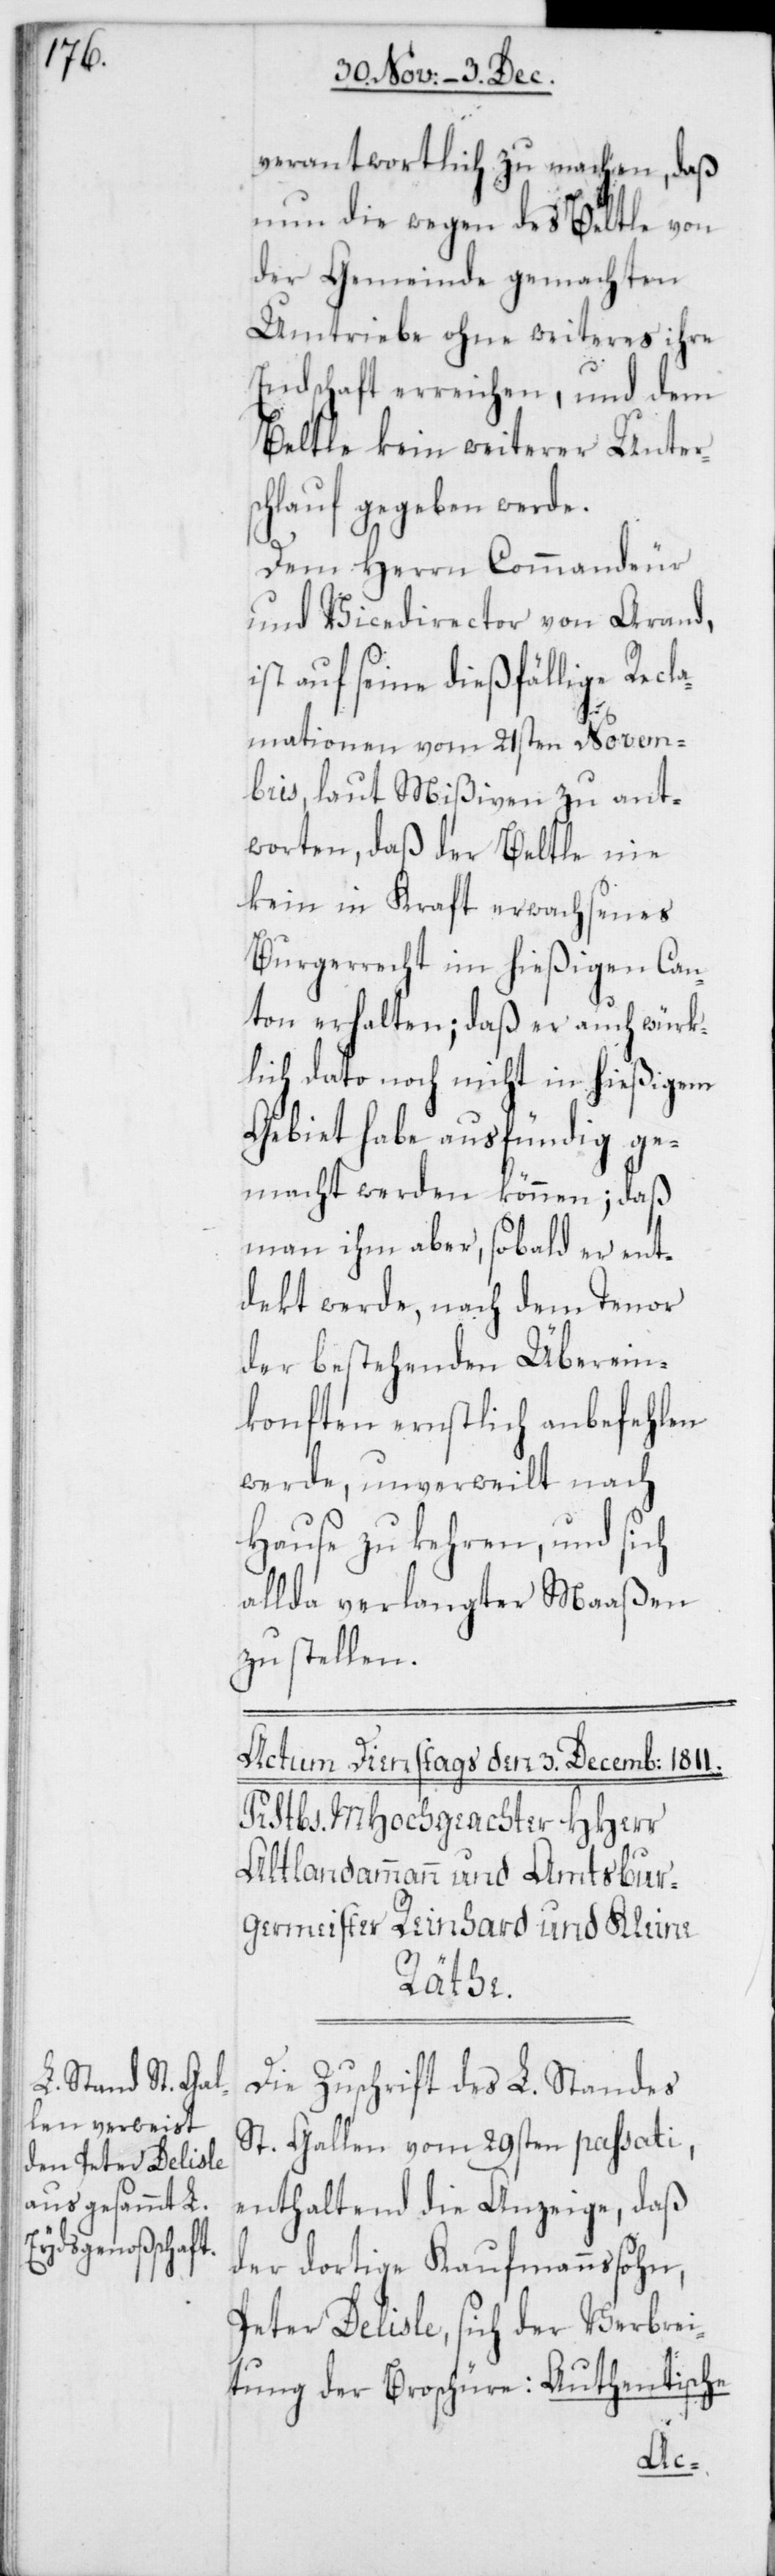
verantwortlich zu machen, daß
nun die wegen des Beltle von
der Gemeinde gemachten
Umtriebe ohne weiteres ihre
Endschaft erreichen, und dem
Beltle kein weiterer Unters¬
chlauf gegeben werde.
Dem Herrn Commandeur
und Vicedirektor von Arand,
ist auf seine dießfällige Recla¬
mationen vom 21sten Novem¬
bris, laut Mißiven zu ant¬
worten, daß der Beltle nie
kein in Kraft erwachsenes
Bürgerrecht im hießigen Can¬
ton erhalten; daß er auch würk¬
lich dato noch nicht in hießigem
Gebiet habe ausfündig ge¬
macht werden können; daß
man ihm aber, sobald er ent¬
dekt werde, nach dem Tenor
der bestehenden Überein¬
konften ernstlich anbefehlen
werde, unverweilt nach
Hause zu kehren, und sich
allda verlangter Maaßen
zu stellen.
Die Zuschrift des L. Standes
St. Gallen vom 29sten passati,
enthaltend die Anzeige, daß
der dortige Kaufmannssohn,
Peter Delisle, sich der Verbrei¬
tung der Broschüre: Authentische